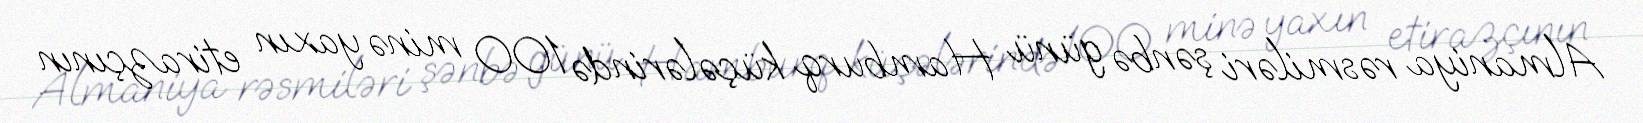
Almaniya rəsmiləri şənbə günü Hamburq küçələrində 100 minə yaxın etirazçının